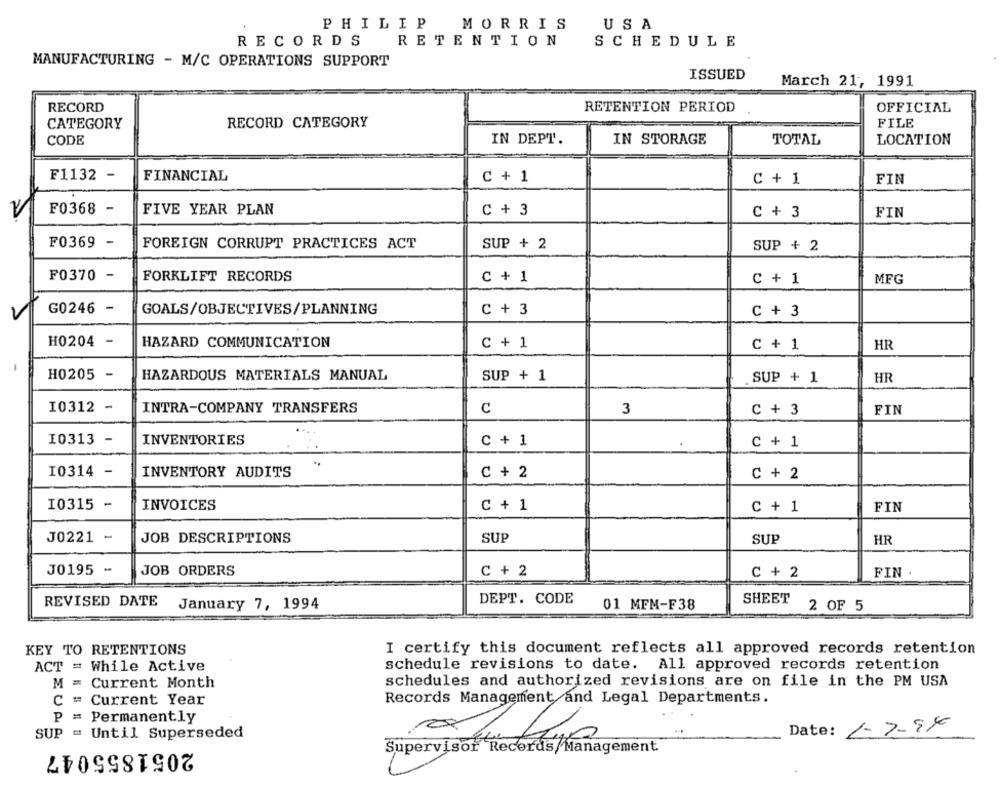
PHILIP
MORRIS
USA
RECORDS
RETENTION
SCHEDULE
MANUFACTURING - M/C OPERATIONS SUPPORT
ISSUED
March 21, 1991
RECORD
RETENTION PERIOD
OFFICIAL
CATEGORY
RECORD CATEGORY
FILE
CODE
IN DEPT.
IN STORAGE
TOTAL
LOCATION
F1132 -
FINANCIAL
C + 1
C+ 1
FIN
F0368
-
FIVE YEAR PLAN
C + 3
C + 3
FIN
F0369
-
FOREIGN CORRUPT PRACTICES ACT
SUP + 2
SUP + 2
F0370
-
FORKLIFT RECORDS
C + 1
C + 1
MFG
-
G0246
GOALS/OBJECTIVES/PLANNING
C + 3
C + 3
H0204 -
HAZARD COMMUNICATION
C + 1
C + 1
HR
H0205 -
HAZARDOUS MATERIALS MANUAL
SUP + 1
HR
SUP + 1
I0312 -
INTRA-COMPANY TRANSFERS
C
FIN
3
C + 3
10313 -
INVENTORIES
C + 1
C + 1
I0314 -
INVENTORY AUDITS
C + 2
C + 2
10315 -
INVOICES
C + 1
C + 1
FIN
J0221 -
JOB DESCRIPTIONS
SUP
SUP
HR
J0195 -
JOB ORDERS
C + 2
C + 2
FIN
REVISED DATE
January 7, 1994
DEPT. CODE
01 MFM-F38
SHEET
2 OF 5
KEY TO RETENTIONS
I certify this document reflects all approved records retention
ACT = While Active
schedule revisions to date. All approved records retention
M =
Current Month
schedules and authorized revisions are on file in the PM USA
Records Management and Legal Departments.
C = Current Year
P
= Permanently
Date: 1-7-94
SUP = Until Superseded
2051855047
Supervisor Records/Management